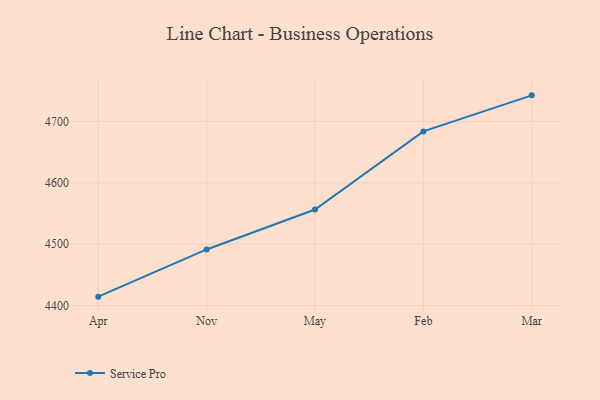
{"axis": {"x": "Month", "y": "Page Views"}, "legend": ["Service Pro"], "data": [{"x": "Apr", "y": 4414.4, "type": "Service Pro"}, {"x": "Nov", "y": 4491.3, "type": "Service Pro"}, {"x": "May", "y": 4556.3, "type": "Service Pro"}, {"x": "Feb", "y": 4683.7, "type": "Service Pro"}, {"x": "Mar", "y": 4742.4, "type": "Service Pro"}]}